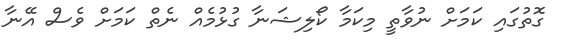
ގޮތުގައި ކަމަށް ނުވާތީ މިކަމާ ކޯލިޝަނާ ގުޅުމެއް ނެތް ކަމަށް ވެސް އޭނާ